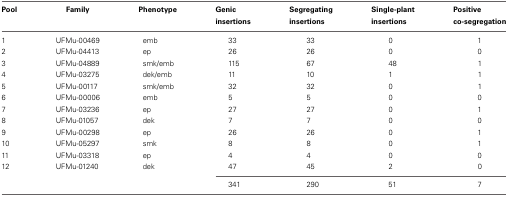
<table><thead><tr><td><b>Pool</b></td><td><b>Family</b></td><td><b>Phenotype</b></td><td><b>Genic insertions</b></td><td><b>Segregating insertions</b></td><td><b>Single-plant insertions</b></td><td><b>Positive co-segregation</b></td></tr></thead><tbody><tr><td>1</td><td>UFMu-00469</td><td>emb</td><td>33</td><td>33</td><td>0</td><td>1</td></tr><tr><td>2</td><td>UFMu-04413</td><td>ep</td><td>26</td><td>26</td><td>0</td><td>0</td></tr><tr><td>3</td><td>UFMu-04889</td><td>smk/emb</td><td>115</td><td>67</td><td>48</td><td>1</td></tr><tr><td>4</td><td>UFMu-03275</td><td>dek/emb</td><td>11</td><td>10</td><td>1</td><td>1</td></tr><tr><td>5</td><td>UFMu-00117</td><td>smk/emb</td><td>32</td><td>32</td><td>0</td><td>1</td></tr><tr><td>6</td><td>UFMu-00006</td><td>emb</td><td>5</td><td>5</td><td>0</td><td>0</td></tr><tr><td>7</td><td>UFMu-03236</td><td>ep</td><td>27</td><td>27</td><td>0</td><td>1</td></tr><tr><td>8</td><td>UFMu-01057</td><td>dek</td><td>7</td><td>7</td><td>0</td><td>0</td></tr><tr><td>9</td><td>UFMu-00298</td><td>ep</td><td>26</td><td>26</td><td>0</td><td>1</td></tr><tr><td>10</td><td>UFMu-05297</td><td>smk</td><td>8</td><td>8</td><td>0</td><td>1</td></tr><tr><td>11</td><td>UFMu-03318</td><td>ep</td><td>4</td><td>4</td><td>0</td><td>0</td></tr><tr><td>12</td><td>UFMu-01240</td><td>dek</td><td>47</td><td>45</td><td>2</td><td>0</td></tr><tr><td></td><td></td><td></td><td>341</td><td>290</td><td>51</td><td>7</td></tr></tbody></table>